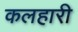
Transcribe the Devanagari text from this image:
कलहारी